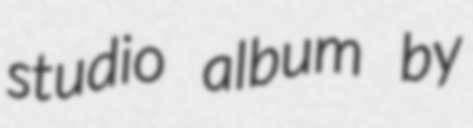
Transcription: studio album by